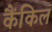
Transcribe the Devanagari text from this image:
कैंकिल